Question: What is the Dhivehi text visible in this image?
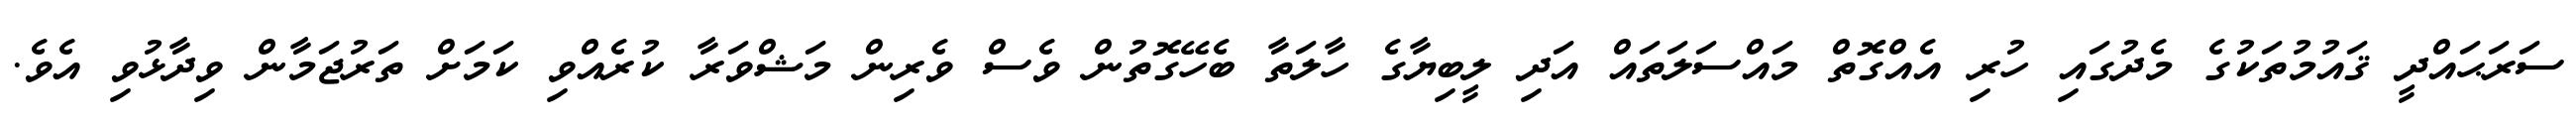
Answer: ސަރަޙައްދީ ޤައުމުތަކުގެ މެދުގައި ހުރި އެއްގޮތް މައްސަލަތައް އަދި ލީބިޔާގެ ހާލަތާ ބެހޭގޮތުން ވެސް ވެރިން މަޝްވަރާ ކުރެއްވި ކަމަށް ތަރުޖަމާން ވިދާޅުވި އެވެ.